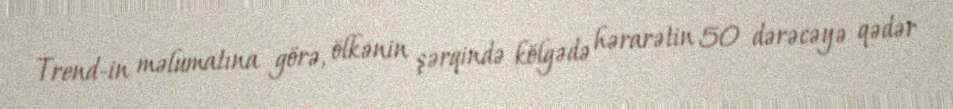
Trend-in məlumatına görə, ölkənin şərqində kölgədə hərarətin 50 dərəcəyə qədər